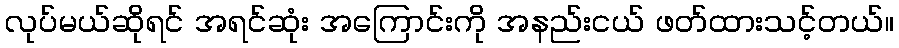
လုပ်မယ်ဆိုရင် အရင်ဆုံး အကြောင်းကို အနည်းငယ် ဖတ်ထားသင့်တယ်။